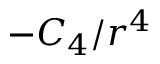
- C _ { 4 } / r ^ { 4 }